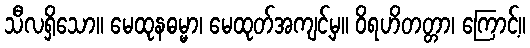
သီလရှိသော။ မေထုနဓမ္မာ၊ မေထုတ်အကျင့်မှ။ ဝိရဟိတတ္တာ၊ ကြောင့်။